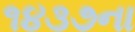
૧૪૩૭ના